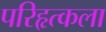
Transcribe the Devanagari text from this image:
परिहृत्कला